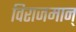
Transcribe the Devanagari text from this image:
विराजमान्